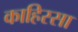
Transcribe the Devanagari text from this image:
काहिस्सा